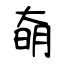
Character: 奛